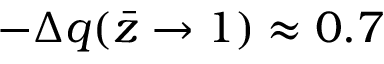
- \Delta q ( \bar { z } \rightarrow 1 ) \approx 0 . 7